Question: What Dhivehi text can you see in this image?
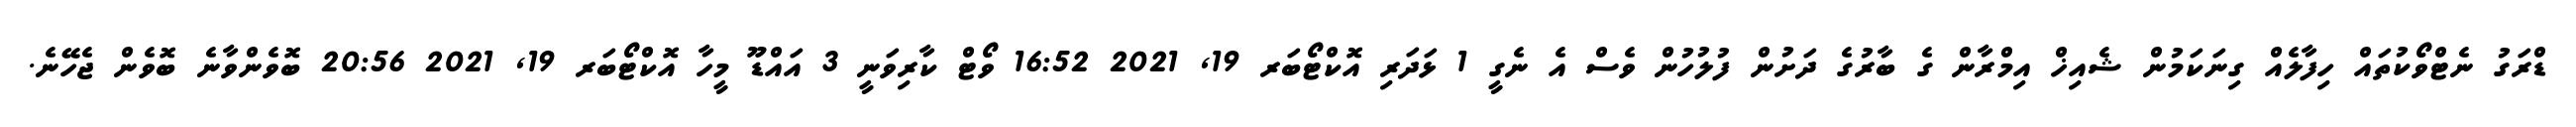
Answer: ޑްރަގު ނެޓްވޯކުތައް ހިފާލެއް ގިނަކަމުން ޝެއިޚް އިމްރާން ގެ ބާރުގެ ދަށުން ފުލުހުން ވެސް އެ ނެގީ 1 ޅަދަރި އޮކްޓޯބަރ 19, 2021 16:52 ވޯޓް ކާރިވަނީ 3 އައްޑޫ މީހާ އޮކްޓޯބަރ 19, 2021 20:56 ބޮވެންވާނެ ބޮވެން ޖެހޭނެ.